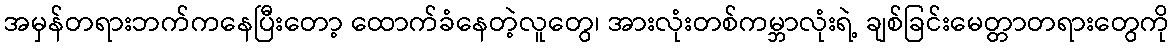
အမှန်တရားဘက်ကနေပြီးတော့ ထောက်ခံနေတဲ့လူတွေ၊ အားလုံးတစ်ကမ္ဘာလုံးရဲ့ ချစ်ခြင်းမေတ္တာတရားတွေကို